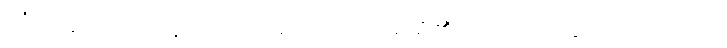
လုံးပါသော အနေကဿရဓာတ်ဟု ၂ မျိုးရှိ၏၊ ထို ၂ မျိုးတွင် ဤသုတ်က